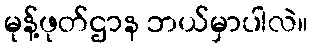
မုန့်ဖုတ်ဌာန ဘယ်မှာပါလဲ။